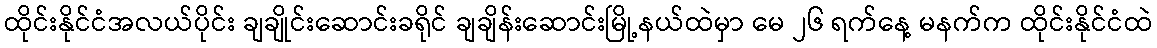
ထိုင်းနိုင်ငံအလယ်ပိုင်း ချချိုင်းဆောင်းခရိုင် ချချိန်းဆောင်းမြို့နယ်ထဲမှာ မေ ၂၆ ရက်နေ့ မနက်က ထိုင်းနိုင်ငံထဲ